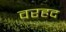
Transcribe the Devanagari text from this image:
वरहद